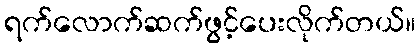
ရက်လောက်ဆက်ဖွင့်ပေးလိုက်တယ်။